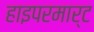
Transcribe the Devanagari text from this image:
हाइपरमार्ट